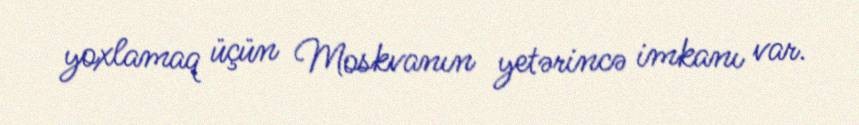
yoxlamaq üçün Moskvanın yetərincə imkanı var.